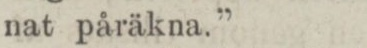
nat påräkna.”